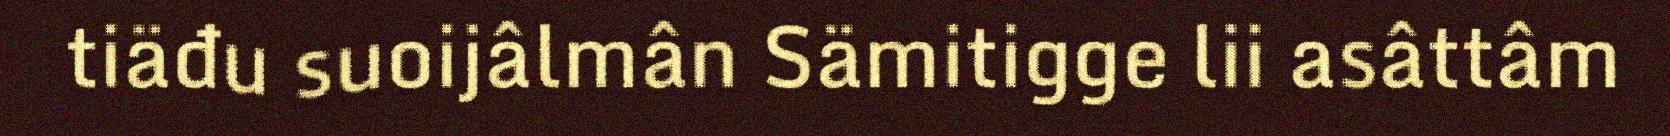
tiäđu suoijâlmân Sämitigge lii asâttâm